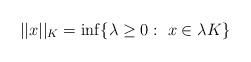
LaTeX: \begin{align*}||x||_K=\inf\{\lambda\geq 0:\ x\in\lambda K\}\end{align*}